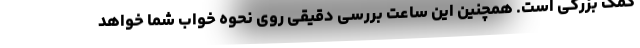
کمک بزرگی است. همچنین این ساعت بررسی دقیقی روی نحوه خواب شما خواهد